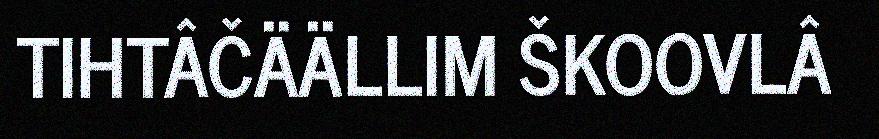
TIHTÂČÄÄLLIM ŠKOOVLÂ